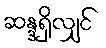
ဆန္ဒရှိလျှင်